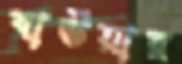
বাউয়ার